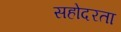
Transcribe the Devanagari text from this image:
सहोदरता